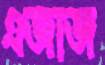
এজাজ